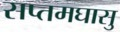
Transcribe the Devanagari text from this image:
सप्तमघासु